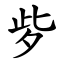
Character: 㱔